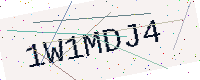
Text: 1W1MDJ4